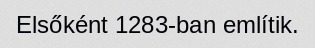
Elsőként 1283-ban említik.